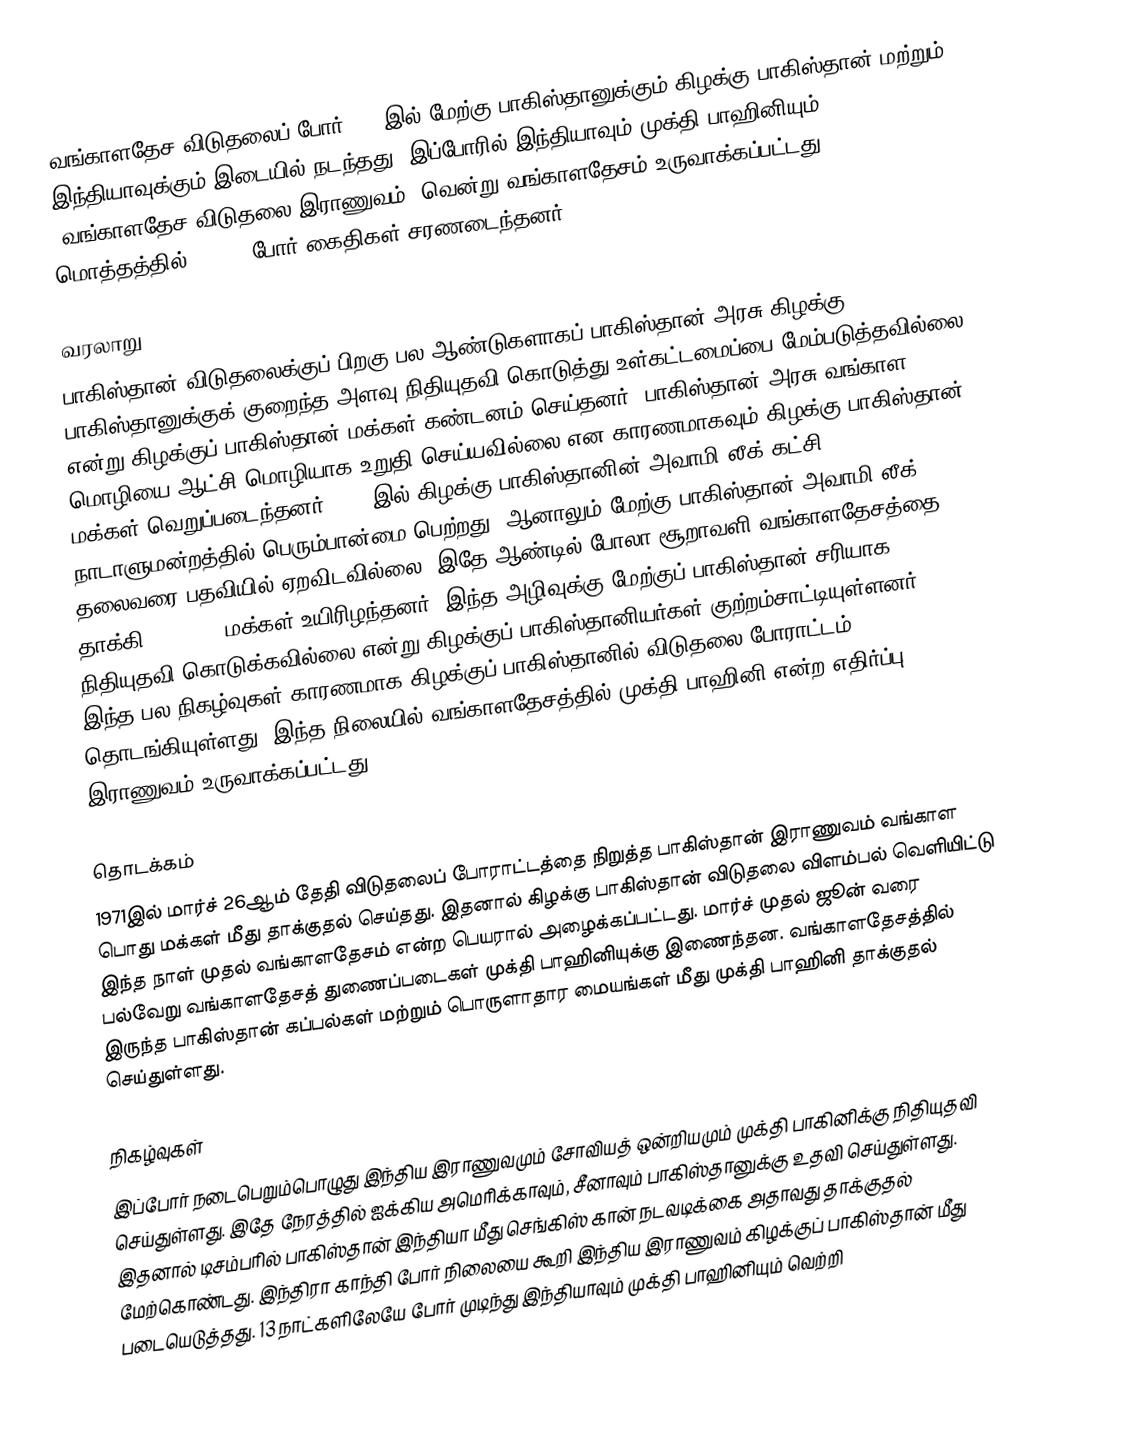
வங்காளதேச விடுதலைப் போர் 1971இல் மேற்கு பாகிஸ்தானுக்கும் கிழக்கு பாகிஸ்தான் மற்றும் இந்தியாவுக்கும் இடையில் நடந்தது. இப்போரில் இந்தியாவும் முக்தி பாஹினியும் (வங்காளதேச விடுதலை இராணுவம்) வென்று வங்காளதேசம் உருவாக்கப்பட்டது. மொத்தத்தில் 90,000 போர் கைதிகள் சரணடைந்தனர்.

வரலாறு
பாகிஸ்தான் விடுதலைக்குப் பிறகு பல ஆண்டுகளாகப் பாகிஸ்தான் அரசு கிழக்கு பாகிஸ்தானுக்குக் குறைந்த அளவு நிதியுதவி கொடுத்து உள்கட்டமைப்பை மேம்படுத்தவில்லை என்று கிழக்குப் பாகிஸ்தான் மக்கள் கண்டனம் செய்தனர். பாகிஸ்தான் அரசு வங்காள மொழியை ஆட்சி மொழியாக உறுதி செய்யவில்லை என காரணமாகவும் கிழக்கு பாகிஸ்தான் மக்கள் வெறுப்படைந்தனர். 1970இல் கிழக்கு பாகிஸ்தானின் அவாமி லீக் கட்சி நாடாளுமன்றத்தில் பெரும்பான்மை பெற்றது, ஆனாலும் மேற்கு பாகிஸ்தான் அவாமி லீக் தலைவரை பதவியில் ஏறவிடவில்லை. இதே ஆண்டில் போலா சூறாவளி வங்காளதேசத்தை தாக்கி 300, 000 மக்கள் உயிரிழந்தனர். இந்த அழிவுக்கு மேற்குப் பாகிஸ்தான் சரியாக நிதியுதவி கொடுக்கவில்லை என்று கிழக்குப் பாகிஸ்தானியர்கள் குற்றம்சாட்டியுள்ளனர். இந்த பல நிகழ்வுகள் காரணமாக கிழக்குப் பாகிஸ்தானில் விடுதலை போராட்டம் தொடங்கியுள்ளது. இந்த நிலையில் வங்காளதேசத்தில் முக்தி பாஹினி என்ற எதிர்ப்பு இராணுவம் உருவாக்கப்பட்டது.

தொடக்கம்
1971இல் மார்ச் 26ஆம் தேதி விடுதலைப் போராட்டத்தை நிறுத்த பாகிஸ்தான் இராணுவம் வங்காள பொது மக்கள் மீது தாக்குதல் செய்தது. இதனால் கிழக்கு பாகிஸ்தான் விடுதலை விளம்பல் வெளியிட்டு இந்த நாள் முதல் வங்காளதேசம் என்ற பெயரால் அழைக்கப்பட்டது. மார்ச் முதல் ஜூன் வரை பல்வேறு வங்காளதேசத் துணைப்படைகள் முக்தி பாஹினியுக்கு இணைந்தன. வங்காளதேசத்தில் இருந்த பாகிஸ்தான் கப்பல்கள் மற்றும் பொருளாதார மையங்கள் மீது முக்தி பாஹினி தாக்குதல் செய்துள்ளது.

நிகழ்வுகள்
இப்போர் நடைபெறும்பொழுது இந்திய இராணுவமும் சோவியத் ஒன்றியமும் முக்தி பாகினிக்கு நிதியுதவி செய்துள்ளது. இதே நேரத்தில் ஐக்கிய அமெரிக்காவும், சீனாவும் பாகிஸ்தானுக்கு உதவி செய்துள்ளது. இதனால் டிசம்பரில் பாகிஸ்தான் இந்தியா மீது செங்கிஸ் கான் நடவடிக்கை அதாவது தாக்குதல் மேற்கொண்டது.  இந்திரா காந்தி போர் நிலையை கூறி இந்திய இராணுவம் கிழக்குப் பாகிஸ்தான் மீது படையெடுத்தது. 13 நாட்களிலேயே போர் முடிந்து இந்தியாவும் முக்தி பாஹினியும் வெற்றி